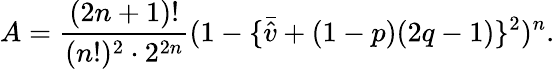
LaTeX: A=\frac{(2n+1)!}{(n!)^{2}\cdot 2^{2n}}(1-\{ \bar{\hat{v}}+(1-p)(2q-1)\} ^{2})^{n}.